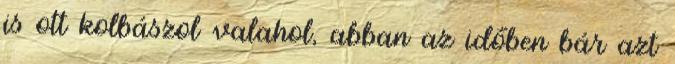
is ott kolbászol valahol, abban az időben bár azt